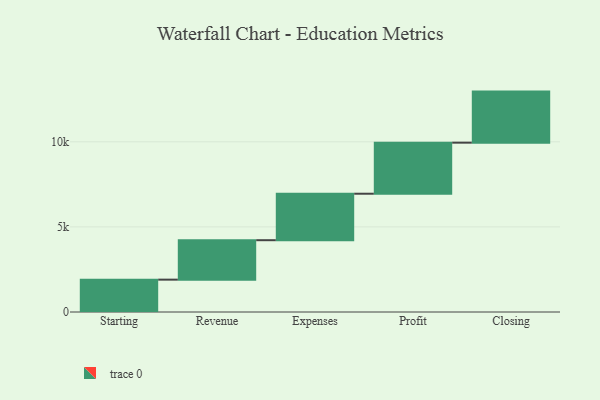
{"axis": {"x": "Step", "y": "Value"}, "legend": [""], "data": [{"x": "Starting", "y": 1901.0, "type": ""}, {"x": "Revenue", "y": 2318.0, "type": ""}, {"x": "Expenses", "y": 2731.0, "type": ""}, {"x": "Profit", "y": 3000, "type": ""}, {"x": "Closing", "y": 3000, "type": ""}]}